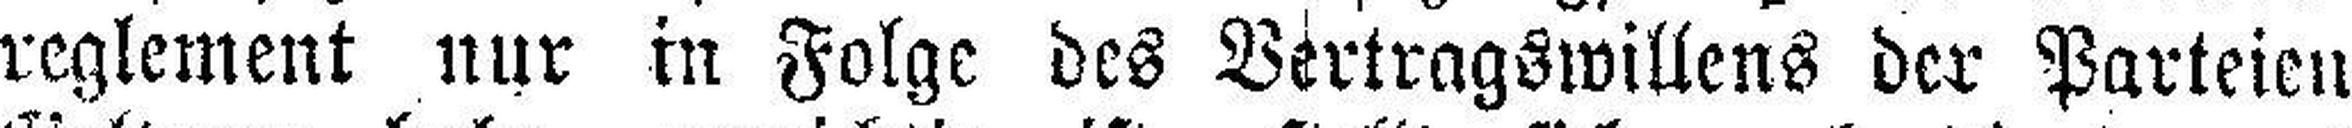
reglement nur in Folge des Vertragswillens der Parteien